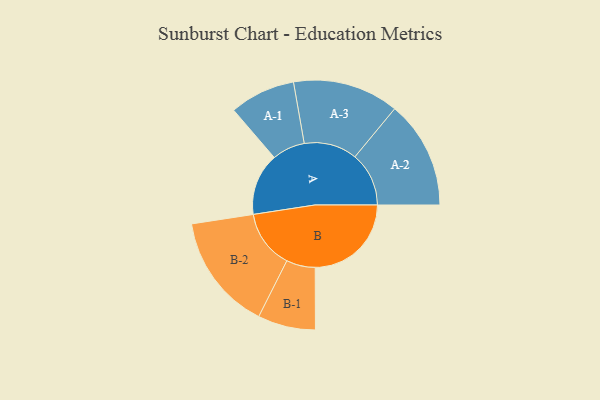
{"axis": {"x": "Segment", "y": "Value"}, "legend": ["", "A", "B"], "data": [{"x": "A", "y": 280, "type": ""}, {"x": "B", "y": 433, "type": ""}, {"x": "A-1", "y": 148, "type": "A"}, {"x": "A-2", "y": 243, "type": "A"}, {"x": "A-3", "y": 239, "type": "A"}, {"x": "B-1", "y": 130, "type": "B"}, {"x": "B-2", "y": 263, "type": "B"}]}